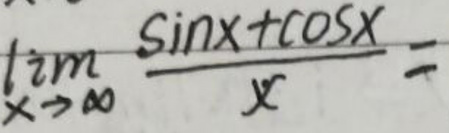
$\lim_{x \to \infty} \frac{\sin x + \cos x}{x} = 0$